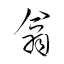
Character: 翕